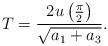
LaTeX: \begin{align*}T=\frac{2 u\left(\frac{\pi}{2}\right)}{\sqrt{a_1+a_3}}.\end{align*}